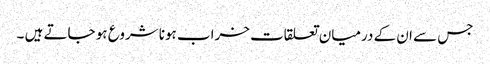
جس سے ان کے درمیان تعلقات خراب ہونا شروع ہو جاتے ہیں ۔